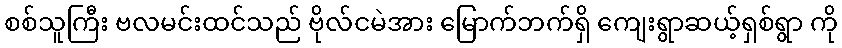
စစ်သူကြီး ဗလမင်းထင်သည် ဗိုလ်ငမဲအား မြောက်ဘက်ရှိ ကျေးရွာဆယ့်ရှစ်ရွာ ကို